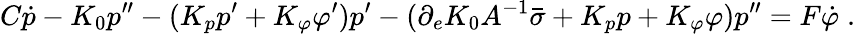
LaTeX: C\dot{p}-K_{0}p^{\prime\prime}-(K_{p}p^{\prime}+K_{\varphi}\varphi^{\prime})p^{\prime}-(\partial_{e}K_{0}A^{-1}\bar{\sigma}+K_{p}p+K_{\varphi}\varphi)p^{\prime\prime}=F\dot{\varphi}\; .